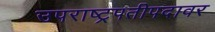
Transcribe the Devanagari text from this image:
उपराष्ट्रपतीपदावर